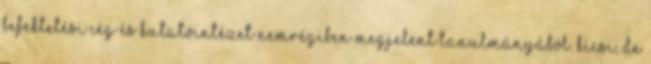
befektetési cég és kutatóintézet nemrégiben megjelent tanulmányából. Kicsi, de